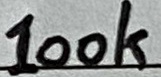
Text: 100k